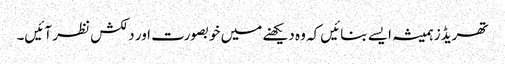
تھریڈز ہمیشہ ایسے بنائیں کہ وہ دیکھنے میں خوبصورت اور دلکش نظر آئیں۔